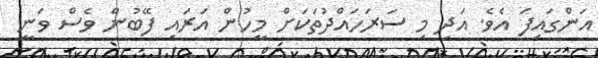
އަންގައިފަ އެވެ. އަދި މި ސަރަހައްދުތަކަށް މީހުން އަރައި ފޭބުން ވެސް ވަނީ